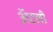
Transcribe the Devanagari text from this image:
अॅटली